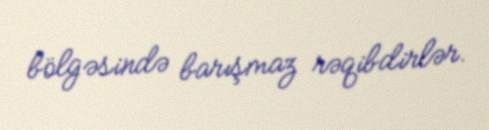
bölgəsində barışmaz rəqibdirlər.